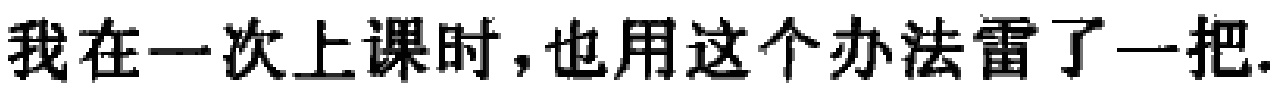
我在一次上课时，也用这个办法雷了一把.